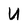
Character: U